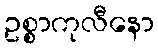
ဥစ္စာကုလီနော